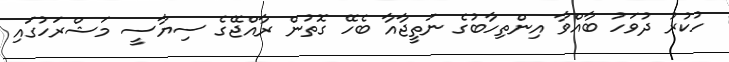
ހުކުރު ދުވަހު ބާއްވާ އިންތިހާބުގެ ނަތީޖާއާ ބެހޭ ގޮތުން ރާއްޖޭގެ ސިޔާސީ މަޝްރަހުގައި